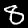
Digit: 8